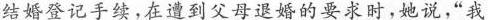
结婚登记手续。在遭到父母退婚的要求时，她说，”我